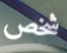
شخص